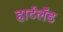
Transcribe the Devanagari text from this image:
हार्टलॅंड